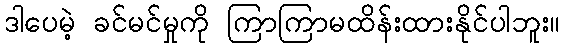
ဒါပေမဲ့ ခင်မင်မှုကို ကြာကြာမထိန်းထားနိုင်ပါဘူး။